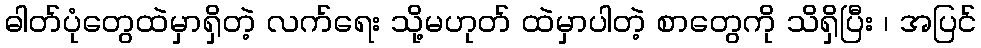
ဓါတ်ပုံတွေထဲမှာရှိတဲ့ လက်ရေး သို့မဟုတ် ထဲမှာပါတဲ့ စာတွေကို သိရှိပြီး ၊ အပြင်